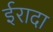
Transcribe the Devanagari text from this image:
ईरादा